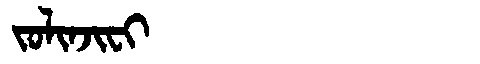
Manchu: ᠵᠣᠯᡳᠨᠵᡳᠸᡳ
Romanization: JOLINJIFI